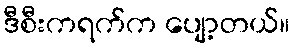
ဒီစီးကရက်က ပျော့တယ်။